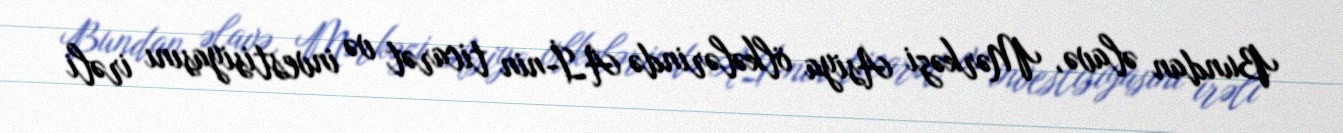
Bundan əlavə, Mərkəzi Asiya ölkələrində Aİ-nin ticarət və investisiyasını irəli